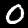
Digit: 0